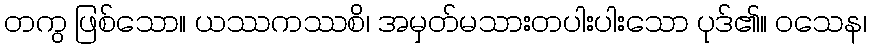
တကွ ဖြစ်သော။ ယဿကဿစိ၊ အမှတ်မသားတပါးပါးသော ပုဒ်၏။ ဝသေန၊